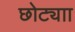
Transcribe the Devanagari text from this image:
छोट्याा